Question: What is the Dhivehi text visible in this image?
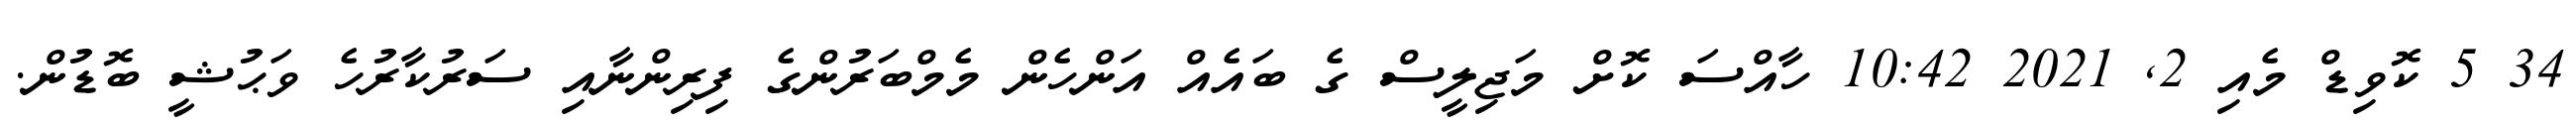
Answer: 34 5 ކޮވިޑް މެއި 2, 2021 10:42 ހާއްސަ ކޮށް މަޖިލީސް ގެ ބައެއް އަންހެން މެމްބަރުންގެ ފިރިންނާއި ސަރުކާރުހެ ވަޙުޝީ ބޮޑުން.